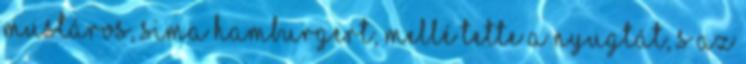
mustáros, sima hamburgert, mellé tette a nyugtát, s az